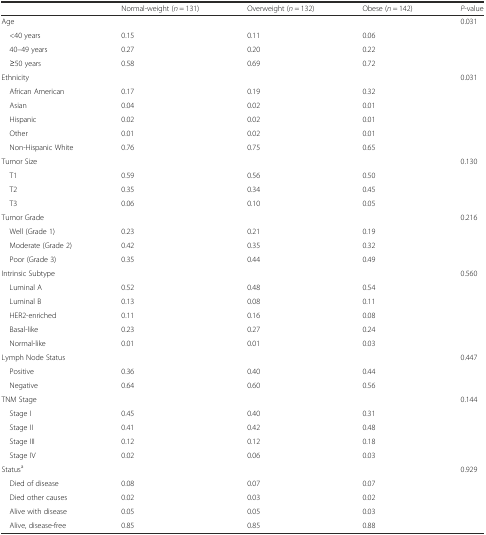
<table><thead><tr><td></td><td><b>Normal-weight (<i>n</i> = 131)</b></td><td><b>Overweight (<i>n</i> = 132)</b></td><td><b>Obese (<i>n</i> = 142)</b></td><td><b><i>P</i>-value</b></td></tr></thead><tbody><tr><td>Age</td><td></td><td></td><td></td><td>0.031</td></tr><tr><td> &lt;40 years</td><td>0.15</td><td>0.11</td><td>0.06</td><td></td></tr><tr><td> 40–49 years</td><td>0.27</td><td>0.20</td><td>0.22</td><td></td></tr><tr><td> ≥50 years</td><td>0.58</td><td>0.69</td><td>0.72</td><td></td></tr><tr><td>Ethnicity</td><td></td><td></td><td></td><td>0.031</td></tr><tr><td> African American</td><td>0.17</td><td>0.19</td><td>0.32</td><td></td></tr><tr><td> Asian</td><td>0.04</td><td>0.02</td><td>0.01</td><td></td></tr><tr><td> Hispanic</td><td>0.02</td><td>0.02</td><td>0.01</td><td></td></tr><tr><td> Other</td><td>0.01</td><td>0.02</td><td>0.01</td><td></td></tr><tr><td> Non-Hispanic White</td><td>0.76</td><td>0.75</td><td>0.65</td><td></td></tr><tr><td>Tumor Size</td><td></td><td></td><td></td><td>0.130</td></tr><tr><td> T1</td><td>0.59</td><td>0.56</td><td>0.50</td><td></td></tr><tr><td> T2</td><td>0.35</td><td>0.34</td><td>0.45</td><td></td></tr><tr><td> T3</td><td>0.06</td><td>0.10</td><td>0.05</td><td></td></tr><tr><td>Tumor Grade</td><td></td><td></td><td></td><td>0.216</td></tr><tr><td> Well (Grade 1)</td><td>0.23</td><td>0.21</td><td>0.19</td><td></td></tr><tr><td> Moderate (Grade 2)</td><td>0.42</td><td>0.35</td><td>0.32</td><td></td></tr><tr><td> Poor (Grade 3)</td><td>0.35</td><td>0.44</td><td>0.49</td><td></td></tr><tr><td>Intrinsic Subtype</td><td></td><td></td><td></td><td>0.560</td></tr><tr><td> Luminal A</td><td>0.52</td><td>0.48</td><td>0.54</td><td></td></tr><tr><td> Luminal B</td><td>0.13</td><td>0.08</td><td>0.11</td><td></td></tr><tr><td> HER2-enriched</td><td>0.11</td><td>0.16</td><td>0.08</td><td></td></tr><tr><td> Basal-like</td><td>0.23</td><td>0.27</td><td>0.24</td><td></td></tr><tr><td> Normal-like</td><td>0.01</td><td>0.01</td><td>0.03</td><td></td></tr><tr><td>Lymph Node Status</td><td></td><td></td><td></td><td>0.447</td></tr><tr><td> Positive</td><td>0.36</td><td>0.40</td><td>0.44</td><td></td></tr><tr><td> Negative</td><td>0.64</td><td>0.60</td><td>0.56</td><td></td></tr><tr><td>TNM Stage</td><td></td><td></td><td></td><td>0.144</td></tr><tr><td> Stage I</td><td>0.45</td><td>0.40</td><td>0.31</td><td></td></tr><tr><td> Stage II</td><td>0.41</td><td>0.42</td><td>0.48</td><td></td></tr><tr><td> Stage III</td><td>0.12</td><td>0.12</td><td>0.18</td><td></td></tr><tr><td> Stage IV</td><td>0.02</td><td>0.06</td><td>0.03</td><td></td></tr><tr><td>Status<sup>a</sup></td><td></td><td></td><td></td><td>0.929</td></tr><tr><td> Died of disease</td><td>0.08</td><td>0.07</td><td>0.07</td><td></td></tr><tr><td> Died other causes</td><td>0.02</td><td>0.03</td><td>0.02</td><td></td></tr><tr><td> Alive with disease</td><td>0.05</td><td>0.05</td><td>0.03</td><td></td></tr><tr><td> Alive, disease-free</td><td>0.85</td><td>0.85</td><td>0.88</td><td></td></tr></tbody></table>